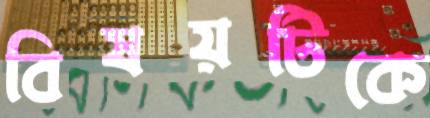
বিষয়টিকে